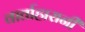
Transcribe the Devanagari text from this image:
वार्ताहारानी